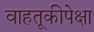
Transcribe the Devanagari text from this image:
वाहतूकीपेक्षा